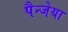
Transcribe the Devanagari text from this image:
पैन्जेया